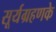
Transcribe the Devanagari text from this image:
सूर्यग्रहणके